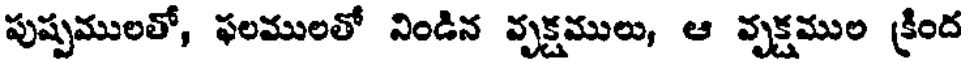
పుష్పములతో, ఫలములతో నిండిన వృక్షములు, ఆ వృక్షముల క్రింద